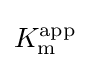
K_{\mathrm {m} }^{\mathrm {app} }